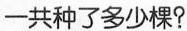
一共种了多少棵?